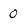
Character: 0